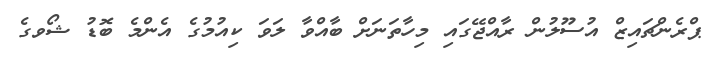
ޕްރެންޗައިޒް އުސޫލުން ރާއްޖޭގައި މިހާތަނަށް ބާއްވާ ލަވަ ކިއުމުގެ އެންމެ ބޮޑު ޝޯވގެ